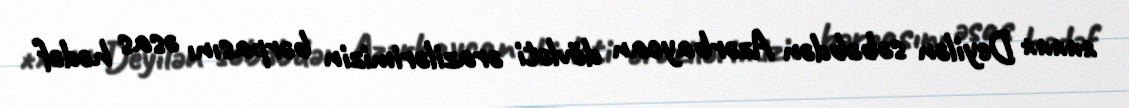
***** Deyilən səbəbdən Azərbaycan dövləti ərazilərimizin bərpasını əsas hədəf